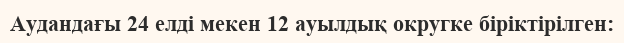
Аудандағы 24 елді мекен 12 ауылдық округке біріктірілген: